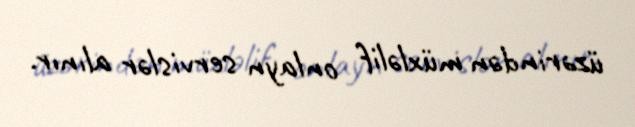
üzərindən müxləlif onlayn servislər alınır.